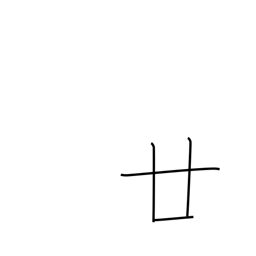
Meaning: twenty